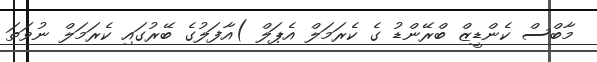
މާބްސް ކެންޑީޒް ބްރޭންޑު ގެ ކެރަމަލް އެޕަލް )އާފަލުގެ ބޭރުގައި ކެރަމަލް ނުވަތަ